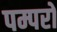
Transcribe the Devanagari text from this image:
पम्परों